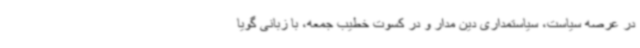
در عرصه سیاست، سیاستمداری دین مدار و در کسوت خطیب جمعه، با زبانی گویا